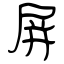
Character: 屏